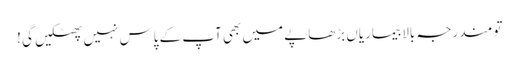
تو مندرجہ بالا بیماریاں بڑھاپے میں بھی آپ کے پاس نہیں پھٹکیں گی !